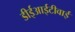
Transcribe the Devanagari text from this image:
डीईआईटीवाई